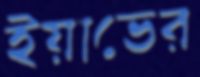
ইয়াভের